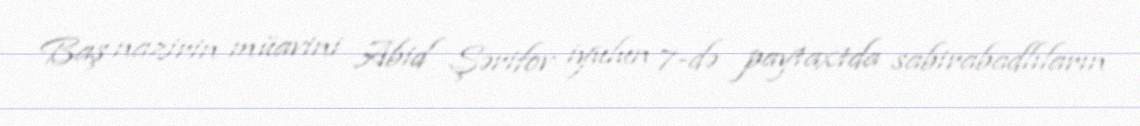
Baş nazirin müavini Abid Şərifov iyulun 7-də paytaxtda sabirabadlıların